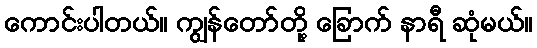
ကောင်းပါတယ်။ ကျွန်တော်တို့ ခြောက် နာရီ ဆုံမယ်။